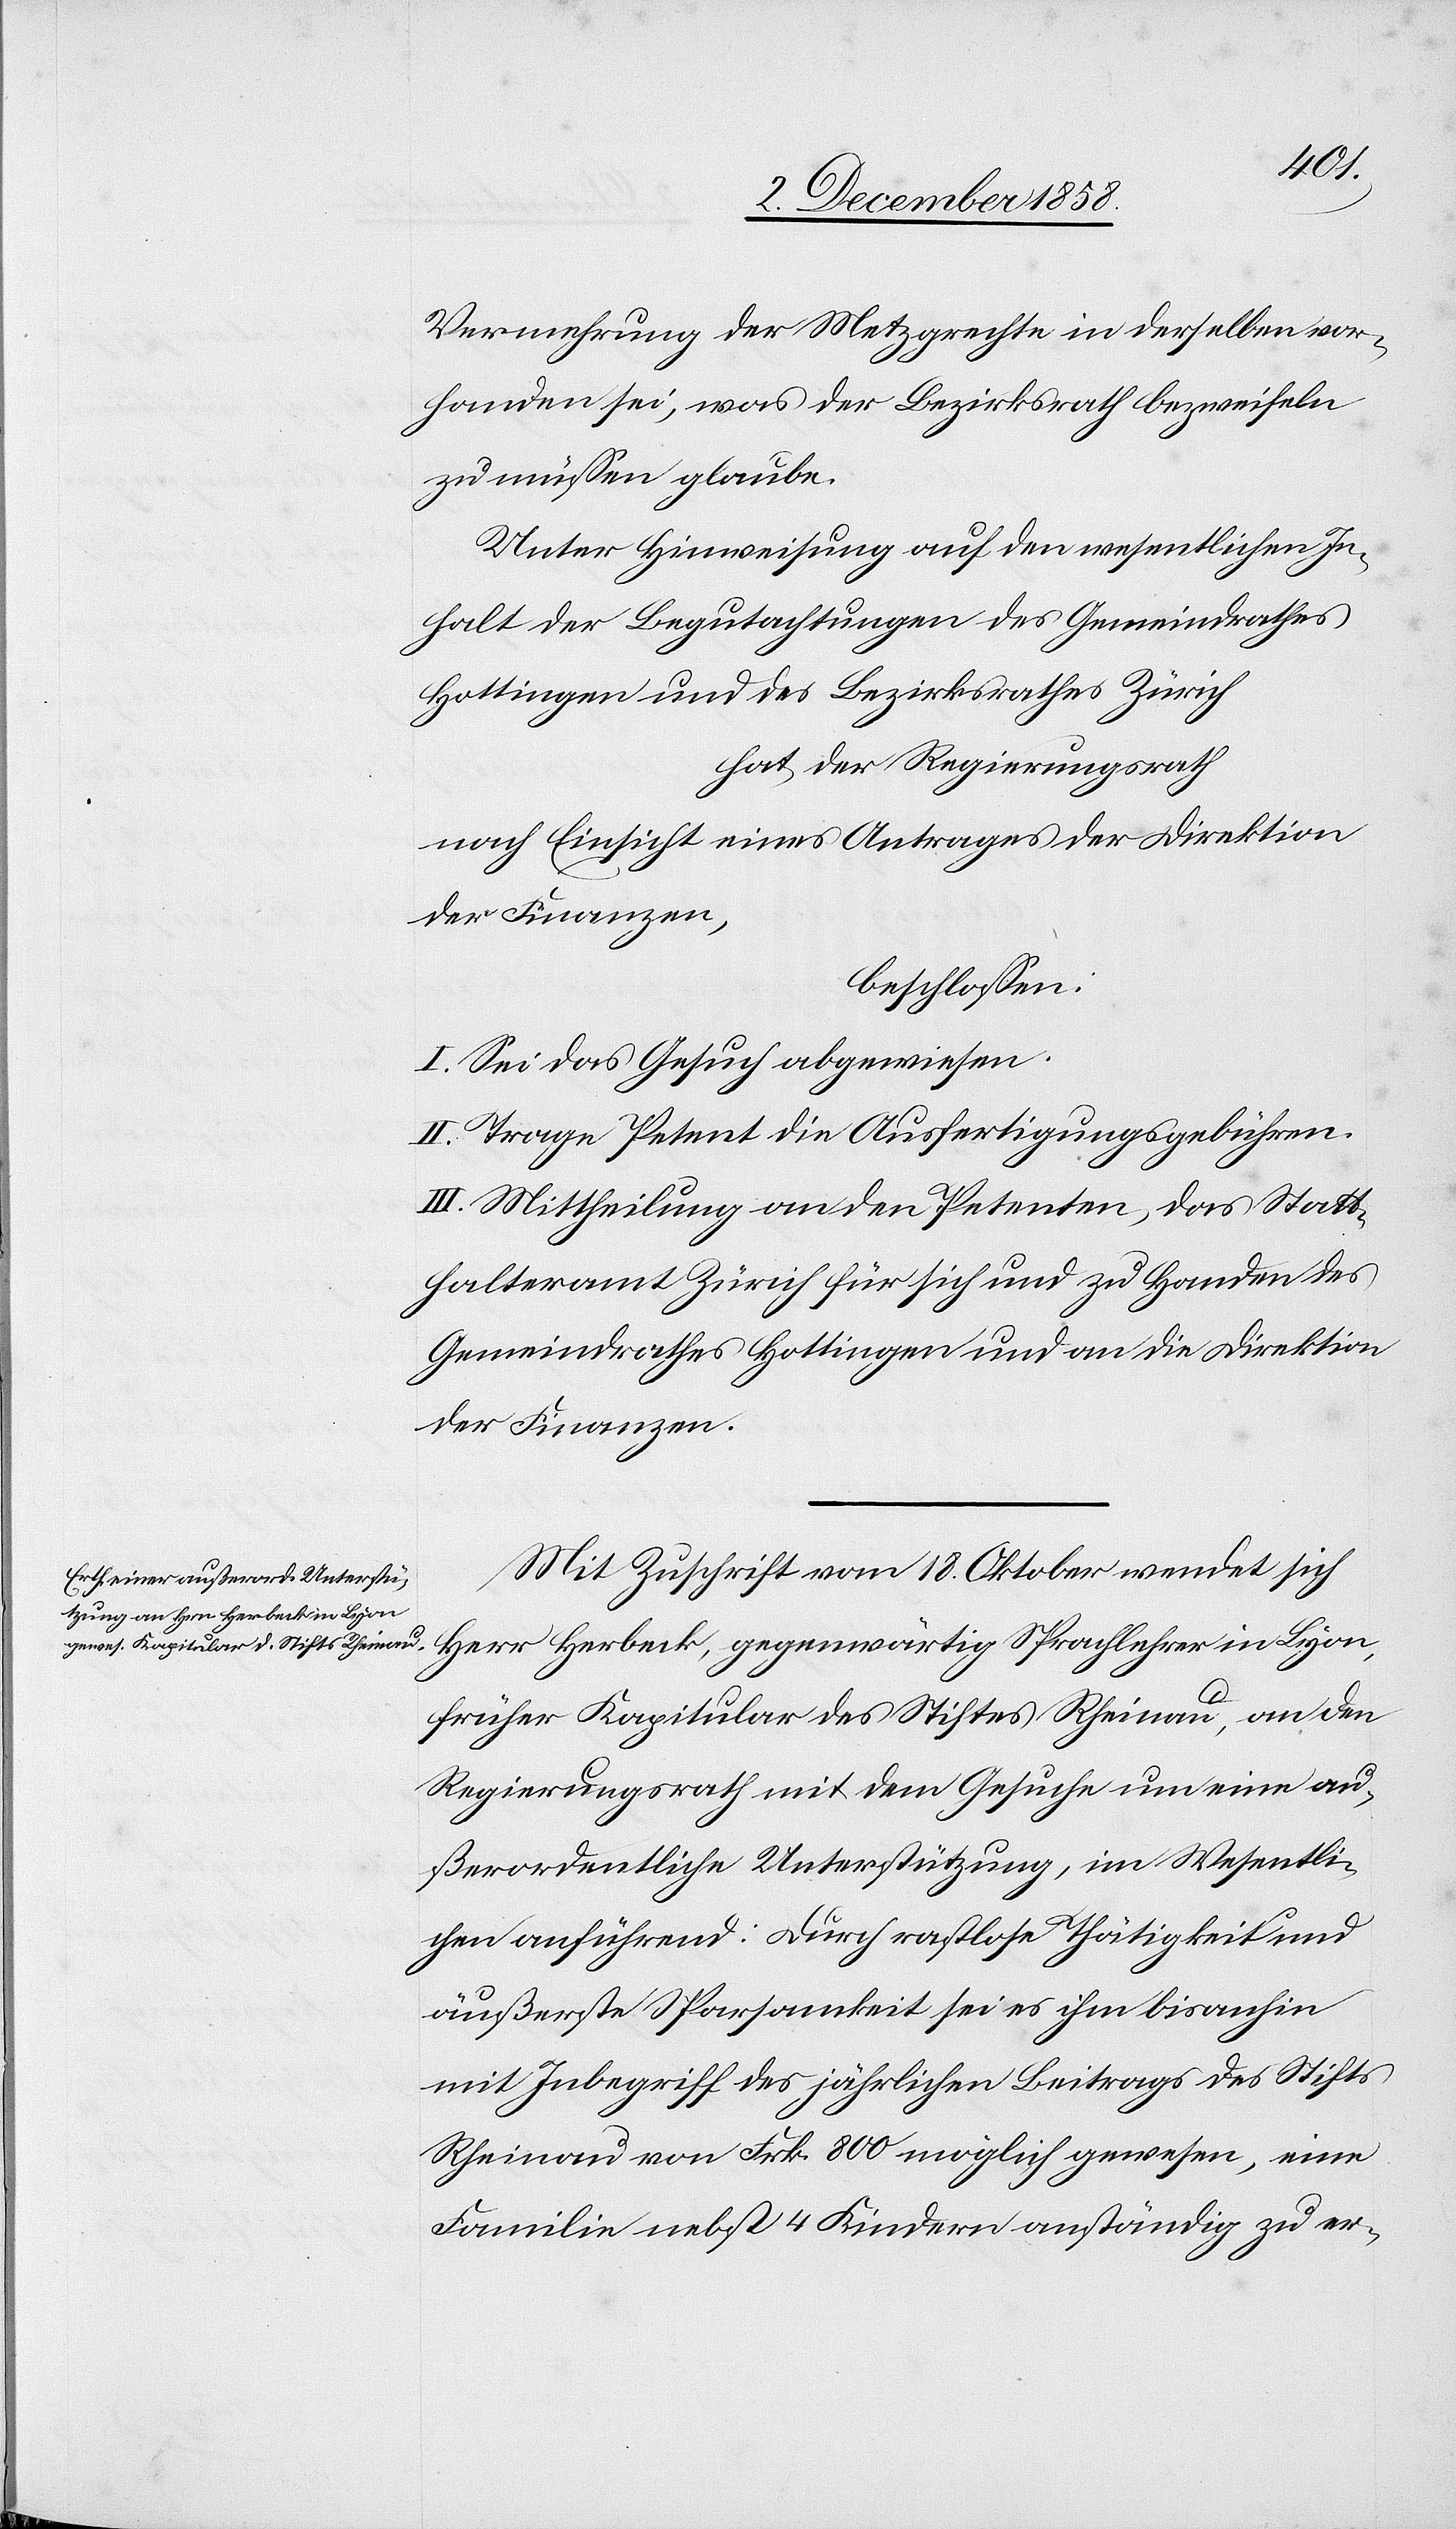
Vermehrung der Metzgrechte in derselben vor¬
handen sei, was der Bezirksrath bezweifeln
zu müssen glaube.
Unter Hinweisung auf den wesentlichen In¬
halt der Begutachtungen des Gemeindrathes
Hottingen und des Bezirksrathes Zürich
hat der Regierungsrath
nach Einsicht eines Antrages der Direktion
der Finanzen,
beschlossen:
I. Sei das Gesuch abgewiesen.
II. Trage Petent die Ausfertigungsgebühren.
III. Mittheilung an den Petenten, das Statt¬
halteramt Zürich für sich und zu Handen des
Gemeindrathes Hottingen und an die Direktion
der Finanzen.
Mit Zuschrift vom 18. Oktober wendet sich
früher Kapitular des Stiftes Rheinau, an den
Regierungsrath mit dem Gesuche um eine au¬
ßerordentliche Unterstützung, im Wesentli¬
chen anführend: Durch rastlose Thätigkeit und
äußerste Sparsamkeit sei es ihm bisanhin
mit Inbegriff des jährlichen Beitrags des Stifts
Rheinau von Frk. 800 möglich gewesen, eine
Familie nebst 4 Kindern anständig zu er-